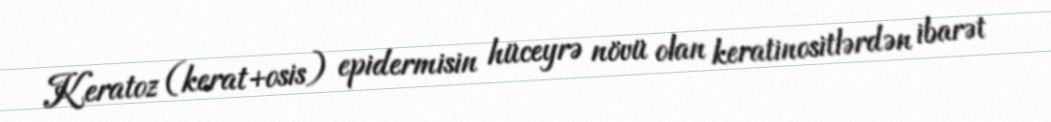
Keratoz (kerat+osis) epidermisin hüceyrə növü olan keratinositlərdən ibarət